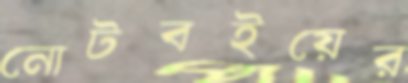
নোটবইয়ের